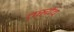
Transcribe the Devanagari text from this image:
तस्येव